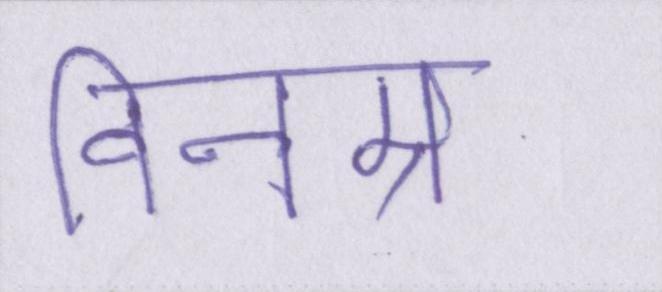
विनम्र